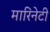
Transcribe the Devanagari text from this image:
मारिनेटी